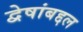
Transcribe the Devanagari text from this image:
द्वेषांबद्दल